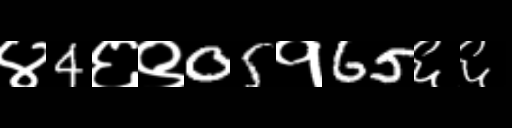
Text: ४4६९05१65६६